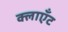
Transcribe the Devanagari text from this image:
क्लाएँट